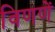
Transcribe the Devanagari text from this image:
विणणें